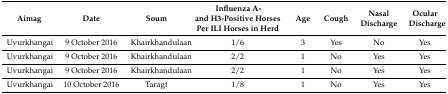
| Aimag | Date | Soum | Influenza A- and H3-Positive Horses Per ILI Horses in Herd | Age | Cough | Nasal Discharge | Ocular Discharge |
 | --- | --- | --- | --- | --- | --- | --- | --- |
 | Uvurkhangai | 9 October 2016 | Khairkhandulaan | 1/6 | 3 | Yes | No | Yes |
 | Uvurkhangai | 9 October 2016 | Khairkhandulaan | 2/2 | 1 | No | Yes | Yes |
 | Uvurkhangai | 9 October 2016 | Khairkhandulaan | 2/2 | 1 | No | Yes | Yes |
 | Uvurkhangai | 10 October 2016 | Taragt | 1/8 | 1 | No | Yes | Yes |